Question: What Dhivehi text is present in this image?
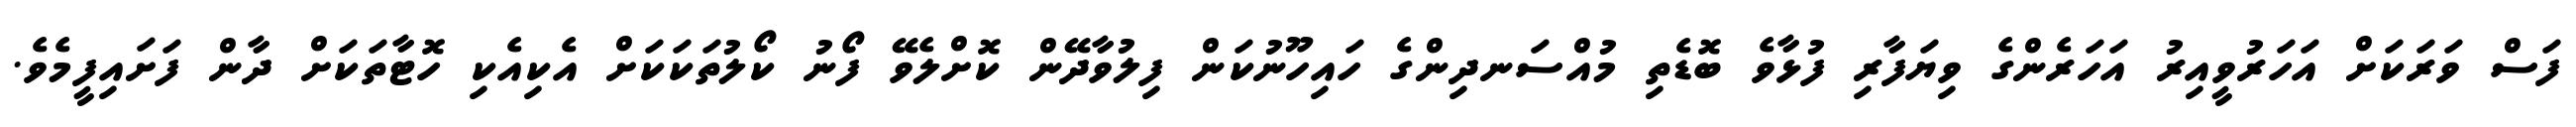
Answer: ފަސް ވަރަކަށް އަހަރުވީއިރު އަހަރެންގެ ވިޔަފާރި ފުޅާވެ ބޮޑެތި މުއްސަނދިންގެ ހައިހޫނުކަން ފިލުވާދޭން ކޮށްލެވޭ ފޯނު ކޯލުތަކަކަށް އެކިއެކި ހޮޓާތަކަށް ދާން ފަށައިފީމެވެ.